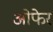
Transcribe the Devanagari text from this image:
ओफेर